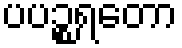
ပပဉ္စရတော